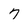
Character: 7